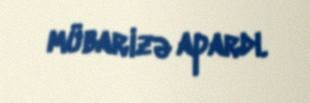
mübarizə apardı.